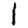
Digit: 1